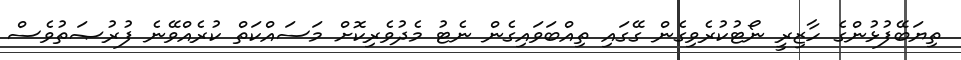
ތިޔަބޭފުޅުންގެ ހާޒިރީ ނޯޓުކުރެވިގެން ގޭގައި ތިއްބަވައިގެން ނެޓު މެދުވެރިކޮށް މަސައްކަތް ކުރެއްވޭނެ ފުރުޞަތުވެސް